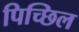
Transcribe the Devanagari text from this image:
पिच्छिल